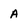
Character: A